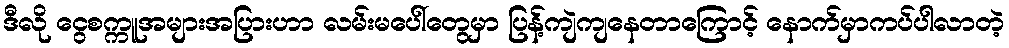
ဒီလို ငွေစက္ကူအများအပြားဟာ လမ်းမပေါ်တွေမှာ ပြန့်ကျဲကျနေတာကြောင့် နောက်မှာကပ်ပါလာတဲ့